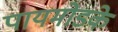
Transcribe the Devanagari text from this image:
पायमोडके